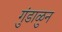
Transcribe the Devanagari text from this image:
गुंडाळुन